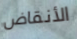
الأنقاض